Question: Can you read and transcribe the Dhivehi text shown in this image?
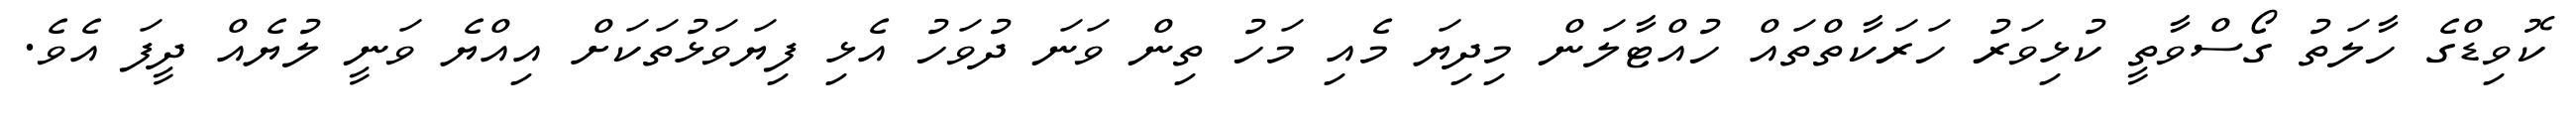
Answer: ކޮވިޑްގެ ހާލަތު ގޯސްވާތީ ކުޅިވަރު ހަރަކާތްތައް ހުއްޓާލަން މިދިޔަ މެއި މަހު ތިން ވަނަ ދުވަހު އެޅި ފިޔަވަޅުތަކަށް އިއްޔެ ވަނީ ލުޔެއް ދީފަ އެވެ.